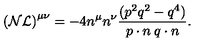
{ \cal ( N L ) } ^ { \mu \nu } = - 4 n ^ { \mu } n ^ { \nu } \frac { ( p ^ { 2 } q ^ { 2 } - q ^ { 4 } ) } { p \cdot n \: q \cdot n } .